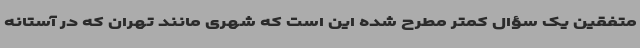
متفقین یک سؤال کمتر مطرح شده این است که شهری مانند تهران که در آستانه